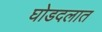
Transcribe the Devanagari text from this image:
घोडदलात